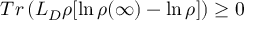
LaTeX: T r \left( L _ { D } \rho [ \ln \rho ( \infty ) - \ln \rho ] \right) \geq 0